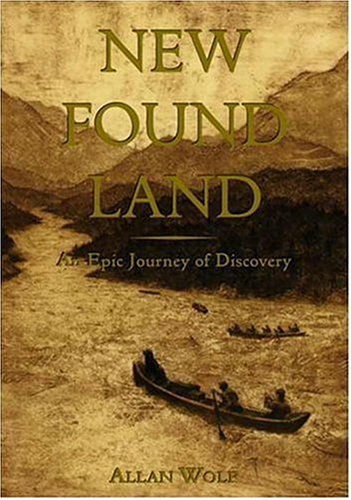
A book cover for New Found Land: Lewis and Clark's  Voyage of Discovery; Allan Wolf; Teen & Young Adult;